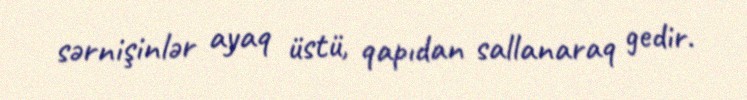
sərnişinlər ayaq üstü, qapıdan sallanaraq gedir.